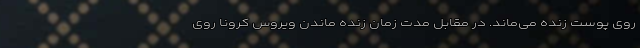
روی پوست زنده می‌ماند. در مقابل مدت زمان زنده ماندن ویروس کرونا روی